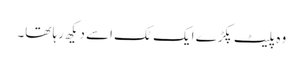
وہ پلیٹ پکڑے ایک ٹک اسے دیکھ رہا تھا۔